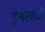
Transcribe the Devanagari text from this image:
ईश्वरवाची